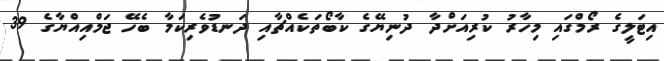
އިޓަލީގެ ރޯމްގައި މިހާރު ކުރިއަށްދާ ދުނިޔޭގެ ކާބޯތަކެއްޗާއި ދަނޑުވެރިކަމާ ބެހޭ ޖަމްއިއްޔާގެ 39